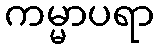
ကမ္မာပရာ